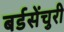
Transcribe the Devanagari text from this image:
बर्डसेंचुरी